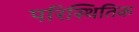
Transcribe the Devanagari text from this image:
परिस्थितिक